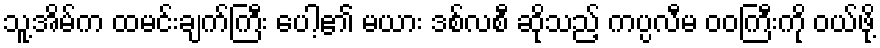
သူ့အိမ်က ထမင်းချက်ကြီး ပေါ့၏ မယား ဒစ်လစီ ဆိုသည့် ကပ္ပလီမ ဝဝကြီးကို ဝယ်ဖို့